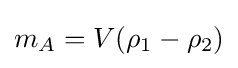
m_{A}=V(\rho _{1}-\rho _{2})